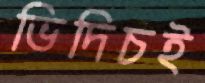
ভিদিচই